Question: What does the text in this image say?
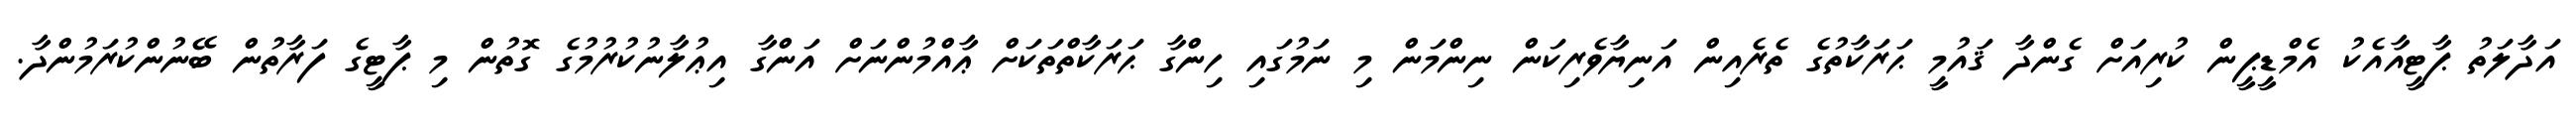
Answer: އަދާލަތު ޕާޓީއާއެކު އެމްޑީޕީން ކުރިއަށް ގެންދާ ޤައުމީ ޙަރަކާތުގެ ތެރެއިން އަނިޔާވެރިކަން ނިންމަން މި ނަމުގައި ހިންގާ ޙަރަކާތްތަކަށް ޢާއްމުންނަށް އަންގާ އިޢުލާނުކުރުމުގެ ގޮތުން މި ޕާޓީގެ ފަރާތުން ބޭނުންކުރަމުންދާ.